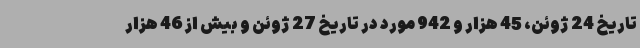
تاریخ 24 ژوئن، 45 هزار و 942 مورد در تاریخ 27 ژوئن و بیش از 46 هزار